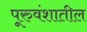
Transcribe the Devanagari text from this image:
पूरुवंशातील